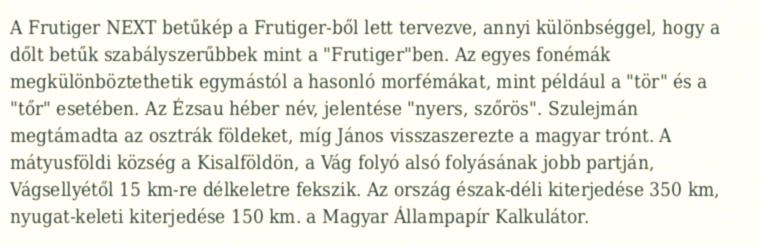
A Frutiger NEXT betűkép a Frutiger-ből lett tervezve, annyi különbséggel, hogy a dőlt betűk szabályszerűbbek mint a "Frutiger"ben. Az egyes fonémák megkülönböztethetik egymástól a hasonló morfémákat, mint például a "tör" és a "tőr" esetében. Az Ézsau héber név, jelentése "nyers, szőrös". Szulejmán megtámadta az osztrák földeket, míg János visszaszerezte a magyar trónt. A mátyusföldi község a Kisalföldön, a Vág folyó alsó folyásának jobb partján, Vágsellyétől 15 km-re délkeletre fekszik. Az ország észak-déli kiterjedése 350 km, nyugat-keleti kiterjedése 150 km. a Magyar Állampapír Kalkulátor.